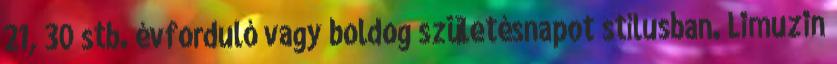
21, 30 stb. évforduló vagy boldog születésnapot stílusban. Limuzin